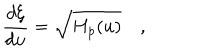
{ \frac { d \xi } { d u } } = \sqrt { H _ { p } ( u ) } \quad ,